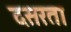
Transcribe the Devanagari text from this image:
दसरता